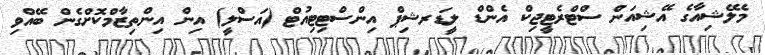
މެލޭޝިއާގެ އޭޝިއަން ސްޓްރެޓީޖިކް އެންޑް ލީޑަރޝިޕް އިންސްޓިޓިއުޓް (އަސްލީ) އިން އިންތިޒާމްކޮށްގެން ބޭއްވި